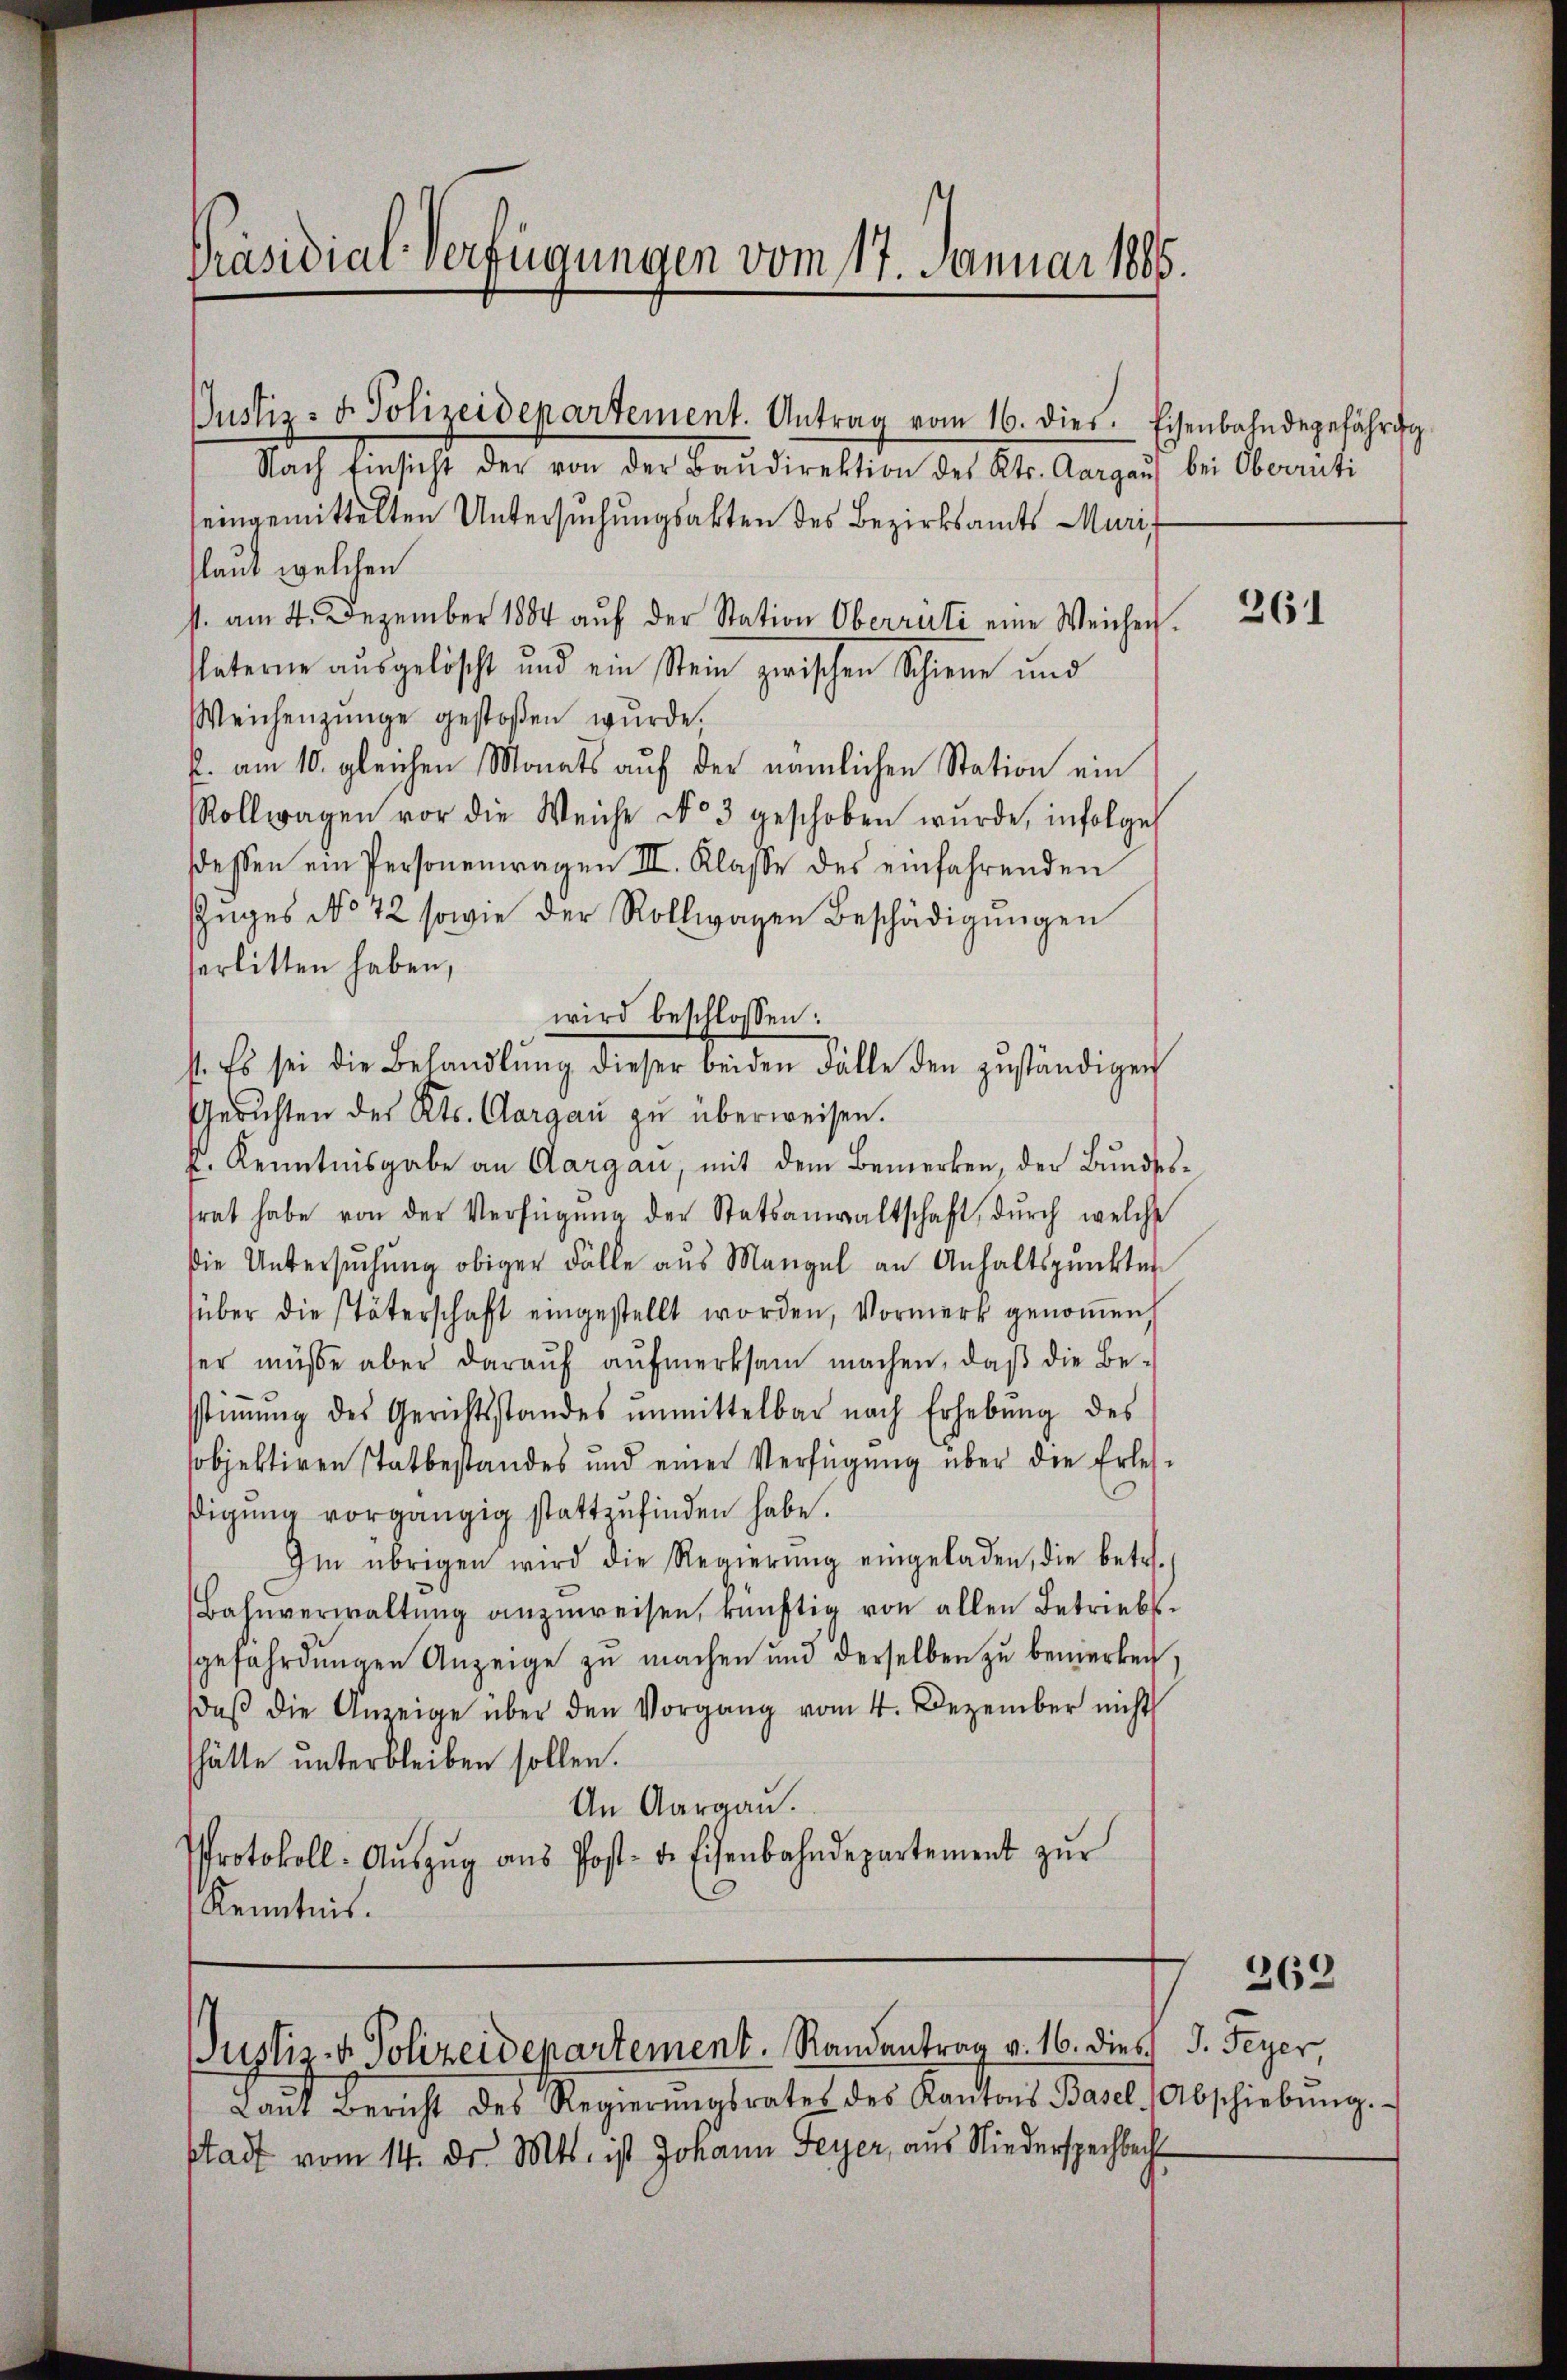
Nach Einsicht der von der Baŭdirektion des Kts. Aargaŭ) bei Oberrüti
seingemittelten Untersuchungsabten des Bezirksamts Muri,
(laut welchen
s. am 4. Dezember 1884 aŭf der Station Oberrüti eine Weichen.
späterne ausgelöscht und ein Stein zwischen Schiene und
Weichenzunge gestoßen wŭrde,
p. am 10. gleichen Monats auf der nämlichen Station ein
Rollwagen vor die Weiche No 3 geschoben wŭrde, infolge
dessen ein Personenragen III. Klasse des einfahrenden
Zŭges No 72 sowie der Rollwagen Beschädigŭngen
serlitten haben,
wird beschlossen:
st. Es sei die Behandlŭng dieser beiden Fälle den zŭständigen
Gerichten des Kts. Aargaŭ zŭ überweisen.
k. Kenntnisgabe an Aargau, mit dem Bemerken, der Bundessrat habe von der Verfügŭng der Statsanwaltschaft dŭrch welche
Die Untersuchung obiger Fälle aus Mangel an Anhaltspunkten
süber die späterschaft eingestellt worden, Vormerk genoṁen,
ser müsse aber darauf aufmerksam machen, daß die Be-
stiṁŭng des Gerichtsstandes ŭnmittelbar nach Erhebŭng des
sobjektiren Tatbestandes und einer Verfügŭng über die Erles-
digŭng vorgängig stattzufinden habe.
Im übrigen wird die Regierŭng eingeladen, die betr.
Bahnverwaltŭng anzŭweisen, künftig von allen Betriebsgefährdŭngen Anzeige zŭ machen und derselben zu bemerken.
daβ die Anzeige über den Vorgang vom 4. Dezember nicht
hätte unterbleiben sollen.
An Aargau.
Protokoll: Aŭszŭg aŭs Post- u. Eisenbahndepartement zŭr
Kenntnis.

Präsidial-Verfügungen vom 17. Januar 1885.

Justiz- u. Polizeidepartement. Antrag vom 16. dies. Eisenbahndegefährdg

Justiz- & Polizeidepartement. Randantrag v. 16. dies J. Feyer,

Laŭt Bericht des Regierŭngsrates des Kantons Basel Abschiebŭng.
stadt vom 14. Dr. Mts. ist Johann Feyer, aus Niederspechbech

261

262